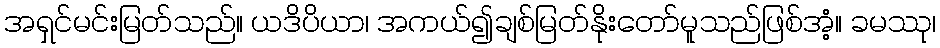
အရှင်မင်းမြတ်သည်။ ယဒိပိယာ၊ အကယ်၍ချစ်မြတ်နိုးတော်မူသည်ဖြစ်အံ့။ ခမဿု၊